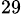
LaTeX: ^{29}